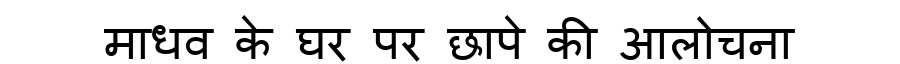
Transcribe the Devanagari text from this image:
माधव के घर पर छापे की आलोचना